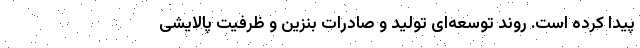
پیدا کرده است. روند توسعه‌ای تولید و صادرات بنزین و ظرفیت پالایشی